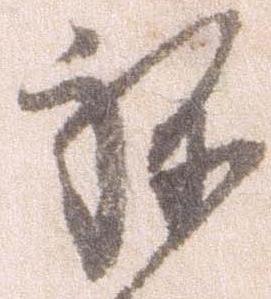
ね